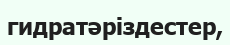
гидратәріздестер,